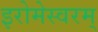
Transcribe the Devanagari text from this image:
इरोमेस्वरम्